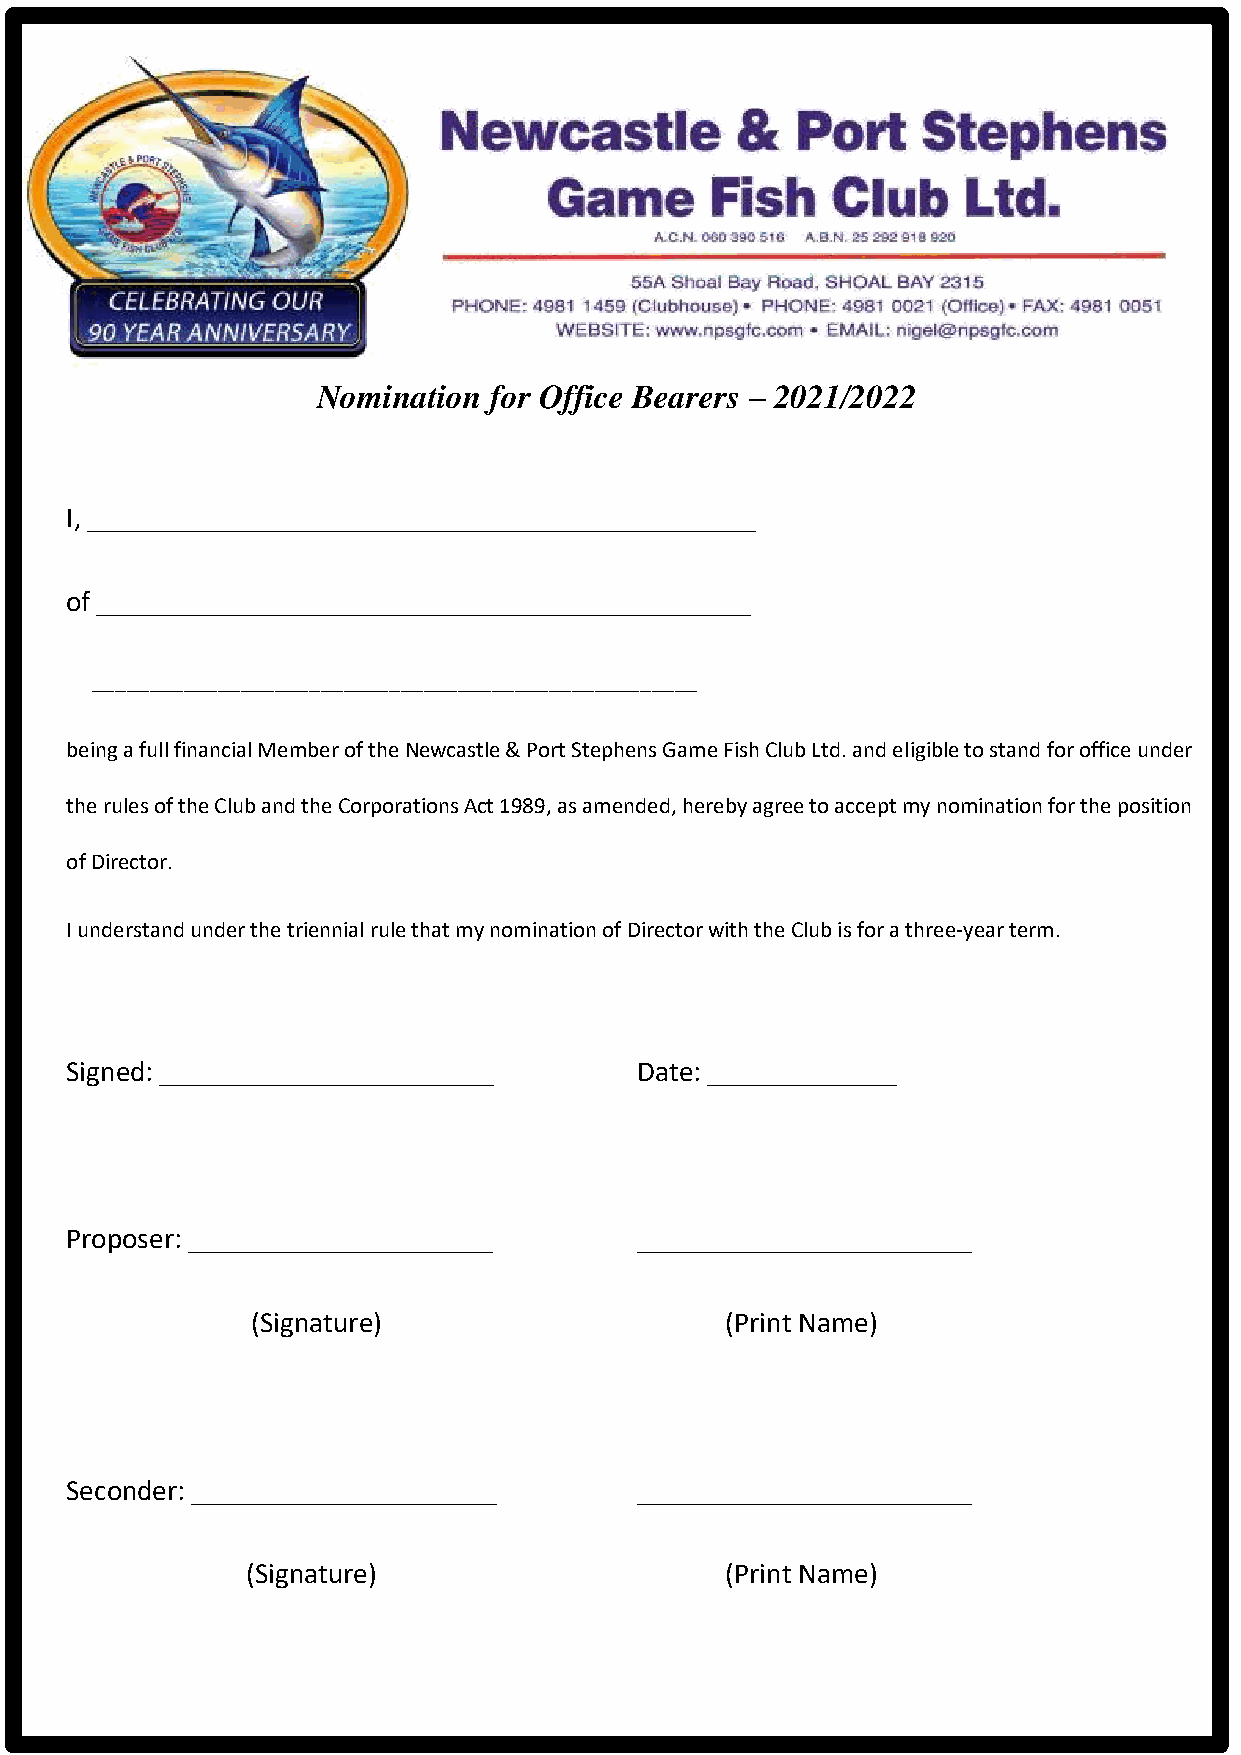
Nomination for Office Bearers – 2021/2022
 I, ______________________________________________
 of _____________________________________________
 _____________________________________________________
 being a full financial Member of the Newcastle & Port Stephens Game Fish Club Ltd. and eligible to stand for office under
 the rules of the Club and the Corporations Act 1989, as amended, hereby agree to accept my nomination for the position
 of Director.
 I understand under the triennial rule that my nomination of Director with the Club is for a three-year term.
 Signed: _______________________       Date: _____________
 Proposer: _____________________       _______________________
 (Signature)                    (Print Name)
 Seconder: _____________________       _______________________
 (Signature)                     (Print Name)